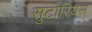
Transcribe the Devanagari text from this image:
सुटोरियस